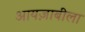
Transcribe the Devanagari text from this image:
आयज़ाबीला